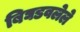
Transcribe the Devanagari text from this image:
बिघडवलेले